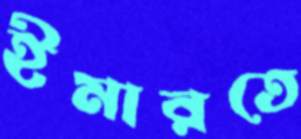
ইমারতে